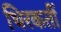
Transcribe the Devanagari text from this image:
थिरकतीं